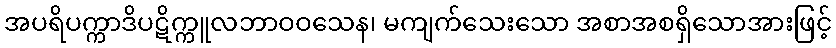
အပရိပက္ကာဒိပဋိက္ကူလဘာဝဝသေန၊ မကျက်သေးသော အစာအစရှိသောအားဖြင့်